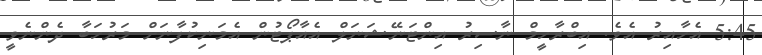
5:45 އެހާއިރު އެވެ. އިބްރާހީމް ނާސިރު އިންޓަނޭޝަނަލް އެއާޕޯޓުން އެމަނިކުފާނަށް މަރުހަބާ ދެންނެވީ